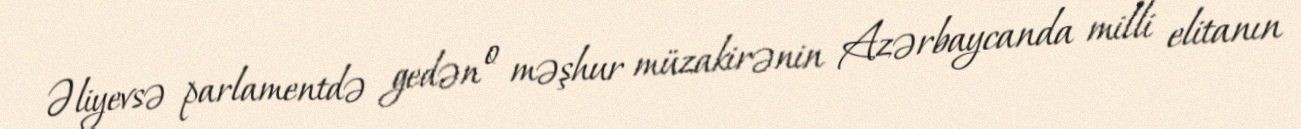
Əliyevsə parlamentdə gedən o məşhur müzakirənin Azərbaycanda milli elitanın